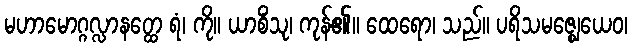
မဟာမောဂ္ဂလ္လာနတ္ထေ ရံ၊ ကို။ ယာစိံသု၊ ကုန်၏။ ထေရော၊ သည်။ ပရိသမဇ္ဈေယေဝ၊